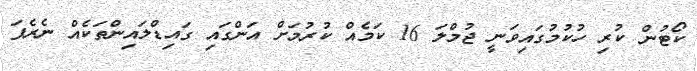
ކޯޓުން ކުރި ހުކުމުގައިވަނީ ޖުމްލަ 16 ކަމެއް ކުރުމަށް އަންގައި ގައިޑްލައިންތަކެއް ނެރެފަ